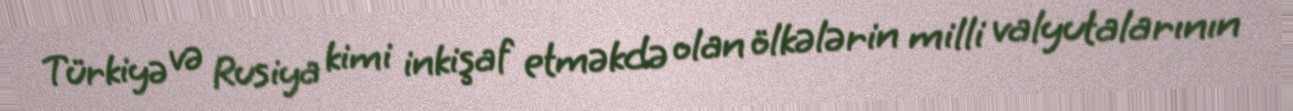
Türkiyə və Rusiya kimi inkişaf etməkdə olan ölkələrin milli valyutalarının